Report of the Hyderabad Chloroform Commission
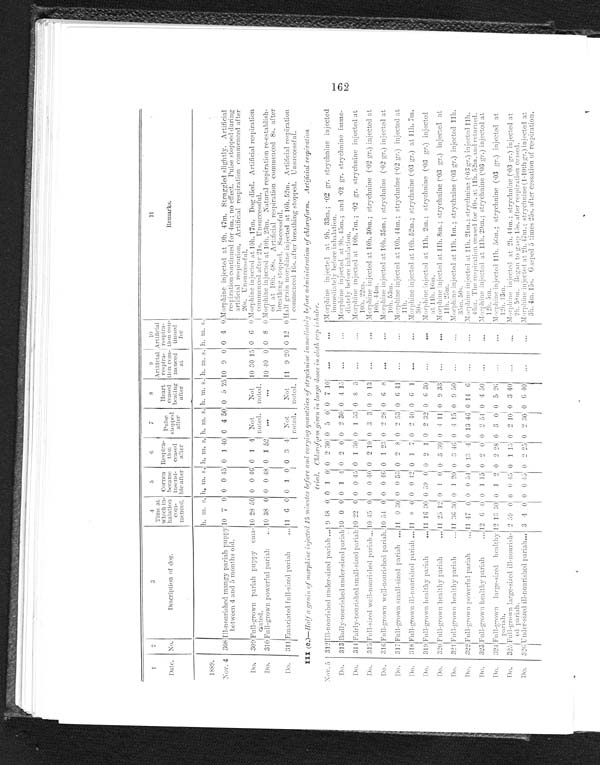
1
2
3
4
5
6
7
8
9
1 0
11
Heart
ceased
beatin
after
Artificial
respira
- t i o n c
o m - m e n e
d at
Artificial
respio ra
-tion con- t i n u e d f o r
Remarks.
D e s c r i p t i o n o f d o g
Time at
which in
- h a l a t i o n
c o m - m e n c e d .
Cornea
became insens
i-ble after
R e s p i r a - t i o n
ceased
after
Pulse stopped after
Date. No.
h. m. s. h.
m. s.
h.
m. s.
m. s.
h.
m.
s.
h.
m. s.
h.
m.
s.
h.
1889.
Nov. 4 308 Ill-nourished mangy pariah puppy
between 4 and 5 months old. . . .
10 7 0 0 0 45 0 1
4 0 0 4 50, 0 5
2 5
10 0 0 0 4 0 Morphine injected at 9h. 47m. Struggled slightly. Artificial
respiration continued for 4m.; no effect. Pulse stopped during
artificial respiration. Artificial respiration commenced after
20s. Unsuccessful.
Do. 309 Full-grown pariah puppy ema-
c i a t e d . . .
0 28 50 0 0 46 0 1 4
Not
noted.
No
t n o t e d .
10 30 15 0 6 0
Morphine injected at 10h. 17m. Dog died. Artifical respiration commenced after 21s. Unsuccessful.
Do.
310
F u l l - g r o w n p o w e r f u l p a r i a h . . .
10 38 0 0 0 48 0 1 52
. . .
. . .
10 40 0 0 8 0 Morphine injected at 10h. 23m. Natural respiration re-establish
-ed at 10h. 48s. Artificial respiration commenced 8s. after
breathing stopped. Successful.
D o .
311 Emaciated full-sized pariah . . .
11 6 0 0 1 0 0
3
1 N o t n o t e d .
Not
noted.
11 9 20 0 12 0 Half grain morphine injected at 10h. 52m. Artificial respiration
commenced 16s. after breathing stopped. Unsuccessful.
I I I ( c . ) —H
a l f a g r a i n o f m o r p h i n e i n j e c t e d 1 5 m i n u t e s b e f o r e a n d r a r y i n g q u a n t i t i e s o f s t r y c h n i n e i m m e d i a t e l y b e f o r e a d m i n i s t r a t i o n o f c h l o r o f o r m . A r t i f i c i a l r e s p i r a t i o n t r i e d . C h l o r o f o r m g i v e n i n l a r g e d o s e s i n c l o t h c a p i n h a l e r .
Nov. 5 312 I l l - n o u r i s h e d u n d e r - s i z e d p a r i a h . . .
9 48 0 0 1 0 0 2 30 0 5 0 0 7 10
. . .
. . .
Morphine injected at 9h. 33m.; .02 gr. strychnine injected
immediately before inhalation.
Do.
313 Badly-nourished under-sized pariah. . . 10 0 0 0 1
4
0 2 0 0 0 30 0 4 15
. . .
. . .
Morphine injected at 9h.45m.; and .02 gr. strychnine imme-
diately before inhalation.
Do.
314 Fairly-nourished small-sized pariah . . . 10 22 0 0 0 45 0 1 30 0 1 53 0 8 3
. . .
. . .
Morphine injected at 10h. 7m.; .02 gr. strychnine injected at
10h. 22m.
Do.
3 1 5 Full-sized well-nourished pariah . . . 10 45 0 0 0 40 0 2
1 0 0 3 3 0 9 13
. . .
. . . Morphine injected at 10h. 30m.; strychnine (.02 gr.) injected at
10h. 44m
Do.
316 Full-grown well-nourished pariah. . .
1 0
5 4 0 0 0 46 0 1 23 0 2 28 0
6
8
. . .
. . .
Morphine injected at 10h.35m.; strychnine (.02 gr.) injected at
10h. 53m.
Do,
317 Full-grown small-sized pariah . . . 11 0 30 0 0 53 0 2 8 0 2 53 0 6 41
. . .
. . .
Morphine injected at 10h.44m.; strychnine (.02 gr.) injected at
11h.
Do.
318 Full-grown ill-nourished pariah . . . 1 1
8 0 0 0
4 2 0 1 7 0 2 40 0 0 1
. . .
. . .
Morphine injected at 10h. 52m.; strychnine (.03 gr.) at 11h.7m.
30s.
Do.
319 Full-grown healthy pariah. . . 11 16 30 0 59 0
0
2 1 0 2 32 0 6 30
. . .
. . .
Morphine injected at 11h. 2m. ; strychnine (.03 gr.) injected
at 11h. 16m.
Do.
320 Full-grown healthy pariah . . . 11 25 12 0 1
0
0 3 30 0 4 11 0
9 33
. . .
. . .
Morphine injected at 11h. 8m.; strychnine (.03 gr.) injected at
11h.25m.
Do.
321 Full-grown healthy pariah . . . 11 36 30 0 1 20 0
3 46 0 4 15 0 9 50
. . .
. . .
Morphine injected at 11h. 1m.; strychnine (.03 gr.) injected 11h.
35m. 50s.
Do.
3 2 2 Full-grown powerful pariah . . . 11 47 0 0 0 54 0
13 4 0 13 46 0 14 6
. . .
. . .
Morphine injected at 11h. 21m.; strychnine (.03 gr.) injected 11h.
46m. The respiration ceased for 40s. at 11h. 52m. and returned.
Do.
3 2 3 Full-grown healthy pariah . . .
1 2
6 0 0 1 15 0 2 0 0 2
5 4
0
4 50
. . .
. . .
Morphine injected at 11h. 29m.; strychnine (.03 gr.) injected at
12h. 5m.
Do. 324 Full-grown large- sized healthy
p a r i a h . . .
12 13 30 0 1 2 0
2 28 0 3 0 0 5 26
. . .
. . .
Morphine injected 11h. 56m.; strychnine (.03 gr.) injected at
12h. 13m.
Do. 325 Full-grown large-sized ill-nourish-
e d p a r i a h . . .
2 59 0 0 0 45 0 1 15 0 2 10 0 3 40
. . .
. . .
Morphine injected at 2h. 44m.; strychnine (.03 gr.) injected at
2h. 58 .
m. Began to gasp 15s. after respiration ceased
Do.
3 2 6
U n d e r - s i z e d i l l - n o u r i s h e d p a r i a h . . .
3 4
0 0
0 4 4 5
0 2 25 0 2 30 0 6 40
. . .
. . .
Morphine injected at 2h.47m.; strychnine (1-10th gr.) injected at
3h. 4m. 15s. Gasped 5 times 25s. after cessation of respiration.
162